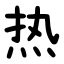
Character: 热